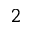
^ 2